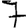
Digit: 7